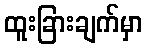
ထူးခြားချက်မှာ